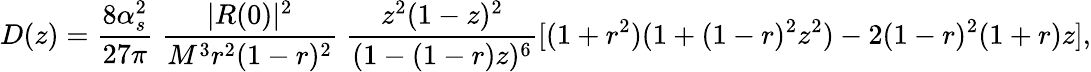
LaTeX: D(z)=\frac{8\alpha_{s}^{2}}{27\pi}\; \frac{|R(0)|^{2}}{M^{3}r^{2}(1-r)^{2}}\; \frac{z^{2}(1-z)^{2}}{(1-(1-r)z)^{6}}[(1+r^{2})(1+(1-r)^{2}z^{2})-2(1-r)^{2}(1+r)z],